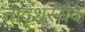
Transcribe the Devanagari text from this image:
तादृशस्यैव